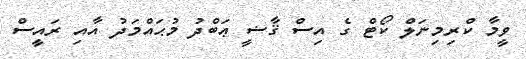
ވީމާ ކްރިމިނަލް ކޯޓް ގެ އިސް ޤާޟީ ޢަބްދު މުޙައްމަދު އާއި ރައީސް